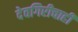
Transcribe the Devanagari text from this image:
देवगिरीचाही